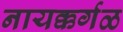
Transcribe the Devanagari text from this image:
नायक्कर्गळ